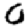
Digit: 0